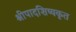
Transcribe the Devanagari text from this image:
श्रीपादशिष्यकृत